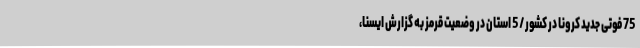
75 فوتی جدید کرونا در کشور / 5 استان‌ در وضعیت قرمز به گزارش ایسنا،